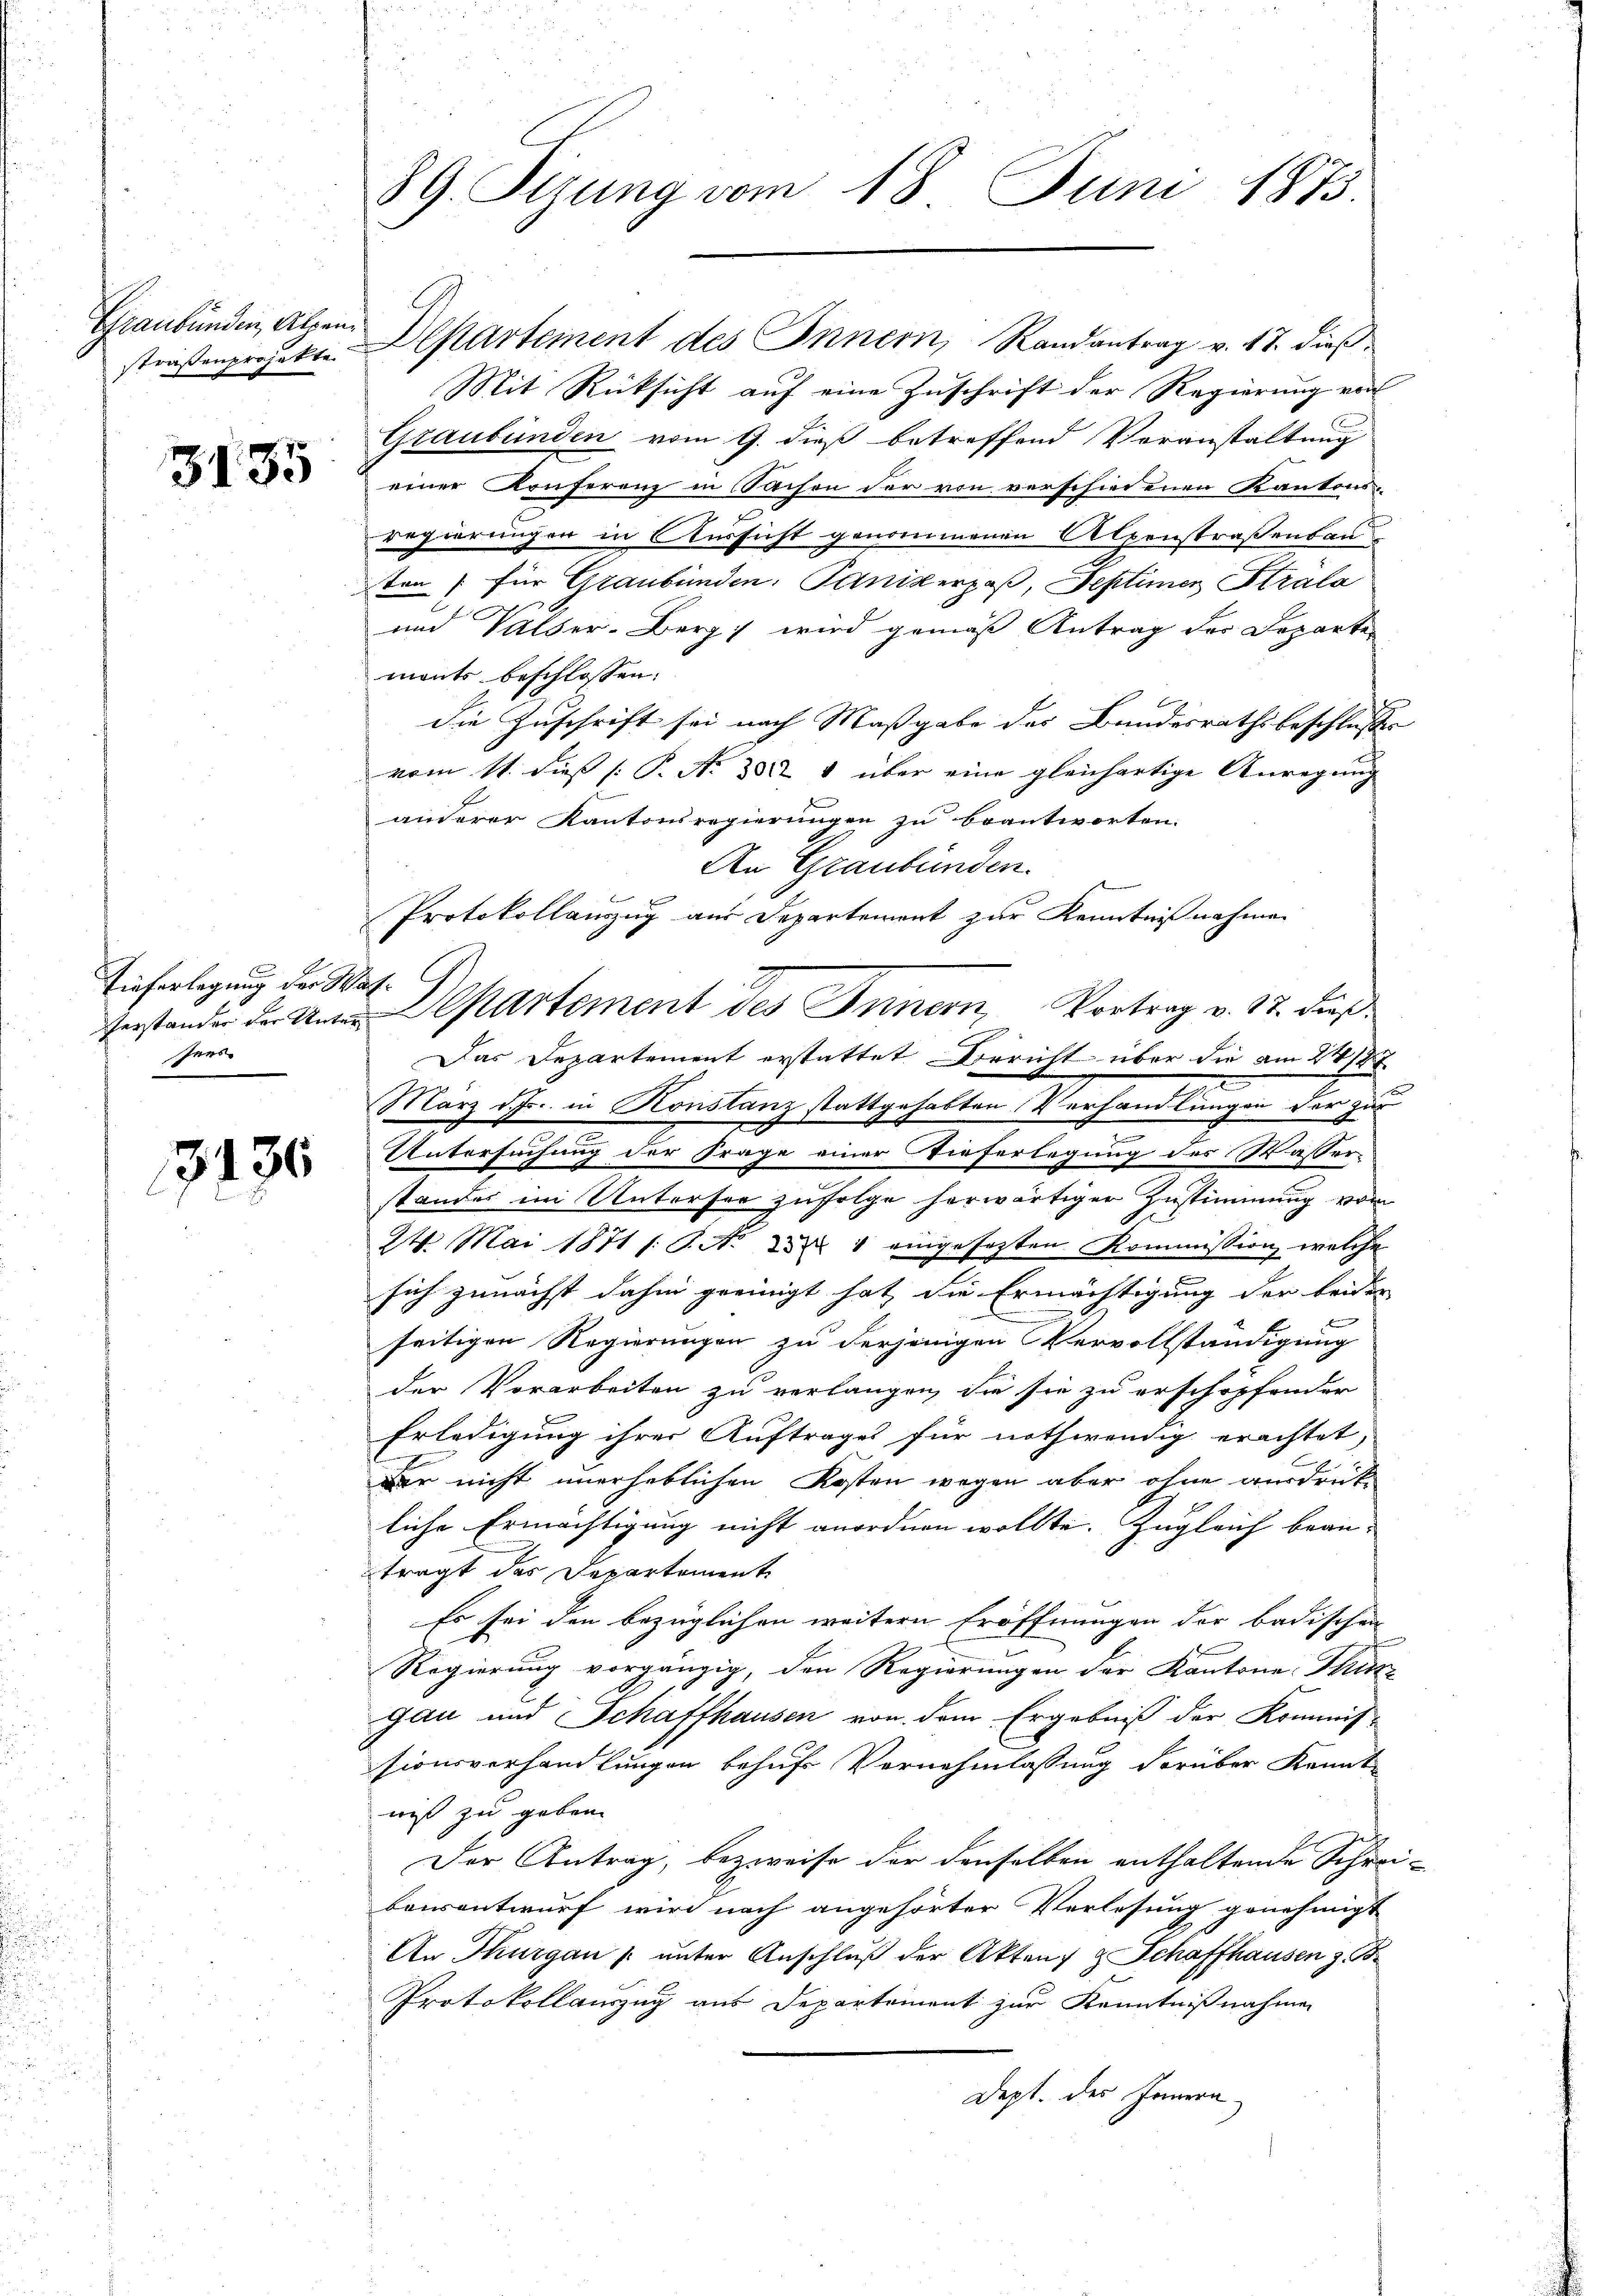
3135

Tieferlegung der Wasshens

3136

Graubünden, Alpen
straßenprojekte.

89. Sizung vom 18. Juni 1873.

Mit Rücksicht auf eine Zuschrift der Regierung von
Graubünden vom 9. dieß betreffend Voranstaltung
einer Konferenz in Sachen der von verschiedenen Kantonsregierungen in Aussicht genommenen Alpenstraßensan
ten für Graubünden: Panikerpaß, Septimen Strala
und Valser-Berg wird gemäß Antrag der Departen
mants beschlossen:
die Zuschrift sei nach Maßgabe des Bundesrathsbeschluße
vom 11. dieß P. N. 382 & über eine gleichartige Anregung
anderer Kantonsregierungen zu beantworten.
An Graubünden.
Protokollauszug aus Departement zur Kenntnißnahmen
terstande partement des Innern, Vortrag v. 17. dieß
März d. Js. in Konstanz stattgehabten Verhandlungen der zur
Untersuchung der Frage einer Tieferlegung des Wasserstandes im Untersee zufolge herwärtiger Zustimmung vom
24. Mai 1871 /: P. Nr. 234 eingesezten Kommission, welche
sich zunächst dahin greinigt hat, die Ermächtigung der beiden
seitigen Regierungen zu derjenigen Vervollständigung
der Vorarbeiten zu verlangen, die sie zu erschöpfender
Erledigung ihrer Auftrages für nothwendig erachtet,
Der nicht unerheblichen Kosten wegen aber ohne ausdrükliche Ermächtigung nicht anordnen wollte. Zugleich bean-
tragt des Departement
Es sei den bezüglichen weitern Eröffnungen der badischen
Regierung vorgängig, den Regierungen der Kantone Thir
gau und Schaffhausen von dem Ergebniß der Kommis-
sionsverhandlungen behufs Vernehmlassung darüber kannt
wiß zu geben. |
Der Antrag, bezweife der denselben enthaltende Schreibausentwurf wird nach angehörter Verlesung genehmigt
An Thurgau s unter Anschluß der Akten & Schaffhausen z. B.
Protokollauszug aus Departement zur Kenntnißnahmen
Dept. des Jonern,

Departement des Innern, Randantrag v. 17. dieß¬

Das Departement erstattet Bericht über die am 2727.